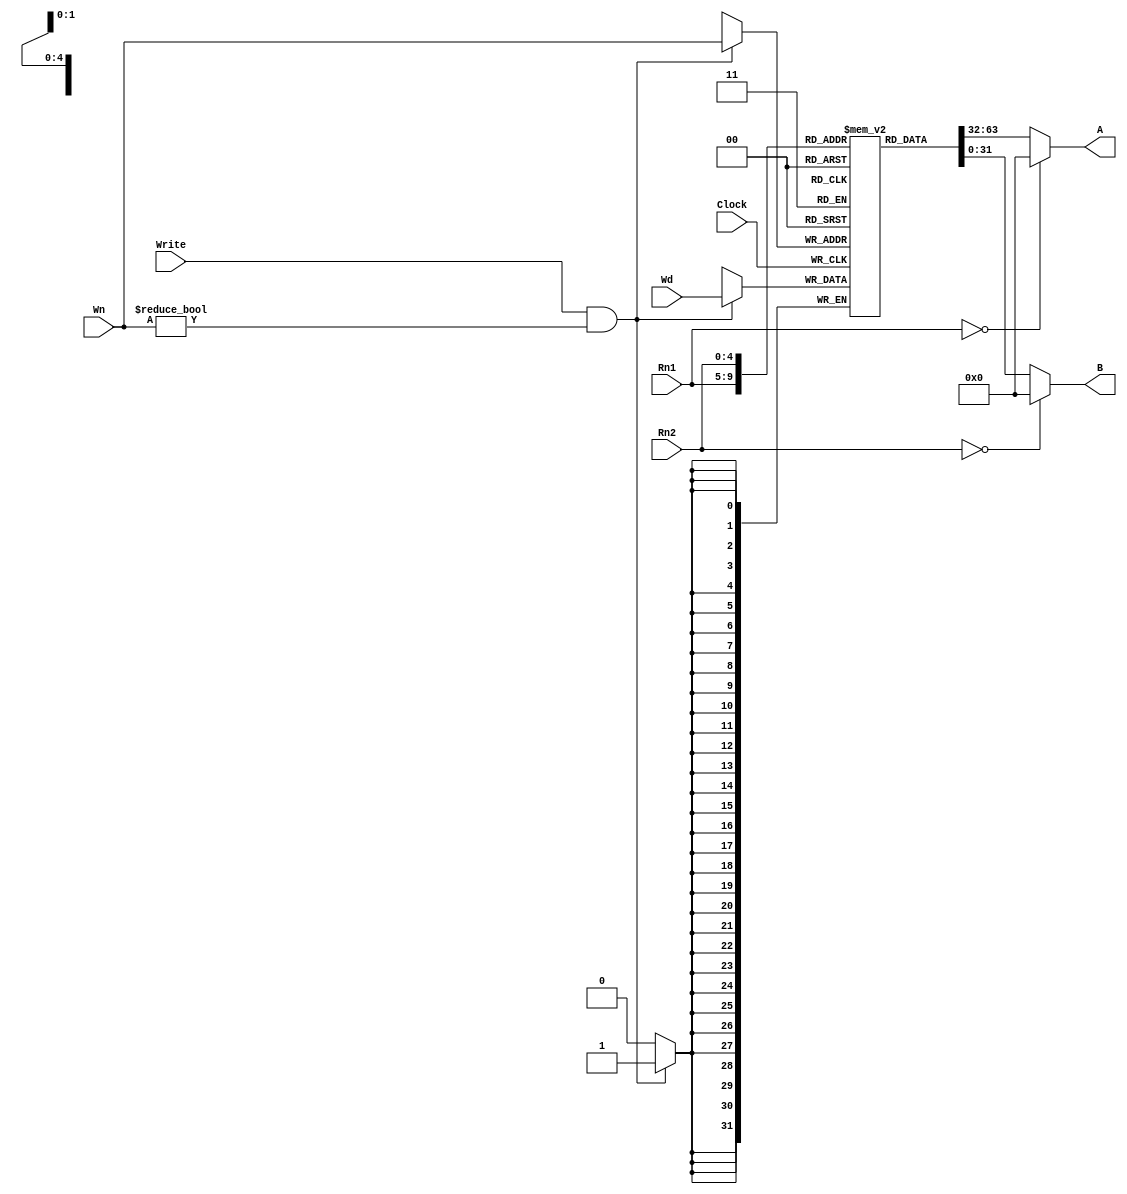
`timescale 1ns / 1ps
//////////////////////////////////////////////////////////////////////////////////
// Company: 
// Engineer: 
// 
// Design Name: 
// Module Name:    RegFile 
// Project Name: 
// Target Devices: 
// Tool versions: 
// Description: 
//
// Dependencies: 
//
// Revision: 
// Revision 0.01 - File Created
// Additional Comments: 
//
//////////////////////////////////////////////////////////////////////////////////
module RegFile(
	input  [4:0]  Rn1,Rn2,Wn,//Rn1Rn2Wn
	input		  Write,//
	input  [31:0] Wd,//
	output [31:0] A,B,//
	input		  Clock//
    );

	reg [31:0] Register[1:31]; //311-3132
	
	//
	assign A = (Rn1 == 0)? 0 : Register[Rn1];
	assign B = (Rn2 == 0)? 0 : Register[Rn2];
	
	//
	always @(posedge Clock) begin
		if ((Write) && (Wn != 0)) Register[Wn] <= Wd;//
	end

endmodule